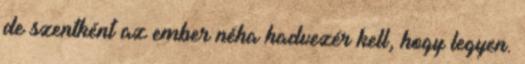
de szentként az ember néha hadvezér kell, hogy legyen.